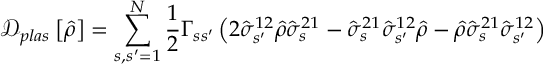
\mathcal { D } _ { p l a s } \left[ \hat { \rho } \right] = \sum _ { s , s ^ { \prime } = 1 } ^ { N } \frac { 1 } { 2 } \Gamma _ { s s ^ { \prime } } \left( 2 \hat { \sigma } _ { s ^ { \prime } } ^ { 1 2 } \hat { \rho } \hat { \sigma } _ { s } ^ { 2 1 } - \hat { \sigma } _ { s } ^ { 2 1 } \hat { \sigma } _ { s ^ { \prime } } ^ { 1 2 } \hat { \rho } - \hat { \rho } \hat { \sigma } _ { s } ^ { 2 1 } \hat { \sigma } _ { s ^ { \prime } } ^ { 1 2 } \right)